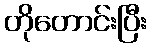
တိုတောင်းပြီး